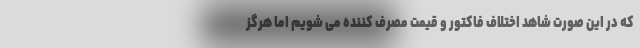
که در این صورت شاهد اختلاف فاکتور و قیمت مصرف کننده می شویم اما هرگز